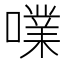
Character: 㗼